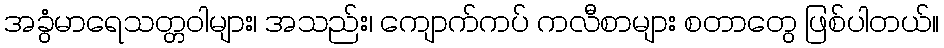
အခွံမာရေသတ္တဝါများ၊ အသည်း၊ ကျောက်ကပ် ကလီစာများ စတာတွေ ဖြစ်ပါတယ်။